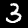
Digit: 3